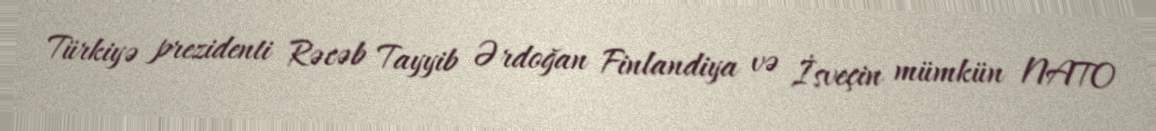
Türkiyə prezidenti Rəcəb Tayyib Ərdoğan Finlandiya və İsveçin mümkün NATO